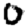
Digit: 0